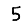
Digit: 5